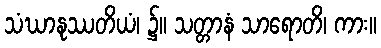
သံဃာနုဿတိယံ၊ ၌။ သတ္တာနံ သာရောတိ၊ ကား။